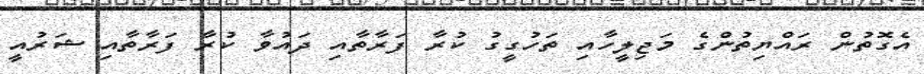
އެގޮތުން ރައްޔިތުންގެ މަޖިލީހާއި ތަހުގީގު ކުރާ ފަރާތާއި ދައުވާ ކުރާ ފަރާތާއި ޝަރުއީ